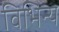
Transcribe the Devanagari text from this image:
विभिन्य